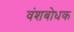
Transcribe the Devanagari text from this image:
वंशबोधक